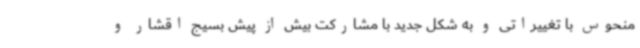
منحوس با تغییراتی و به شکل جدید با مشارکت بیش از پیش بسیج اقشار و